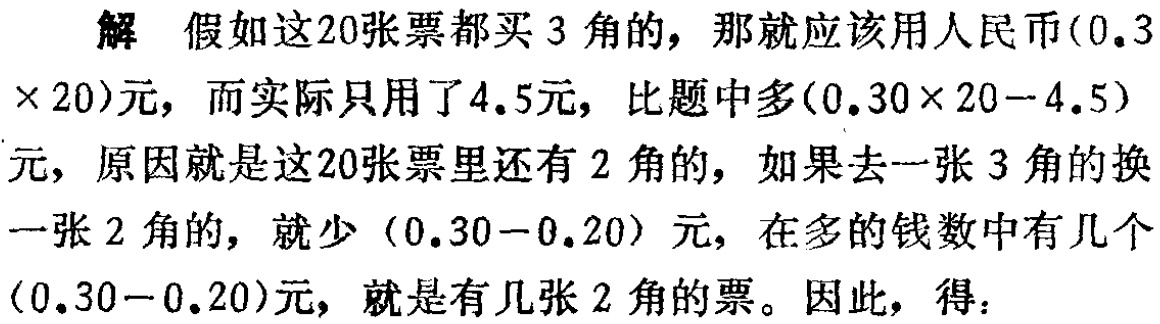
解 假如这20张票都买3角的，那就应该用人民币\((0.3\times 20)\)元，而实际只用了4.5元，比题中多\((0.30\times 20 - 4.5)\)元，原因就是这20张票里还有2角的，如果去一张3角的换一张2角的，就少\((0.30 - 0.20)\)元，在多的钱数中有几个\((0.30 - 0.20)\)元，就是有几张2角的票。因此，得：